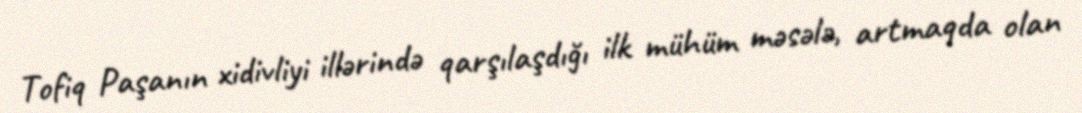
Tofiq Paşanın xidivliyi illərində qarşılaşdığı ilk mühüm məsələ, artmaqda olan